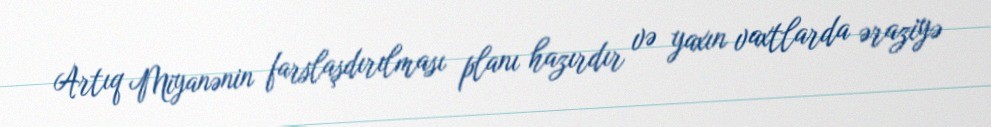
Artıq Miyanənin farslaşdırılması planı hazırdır və yaxın vaxtlarda əraziyə